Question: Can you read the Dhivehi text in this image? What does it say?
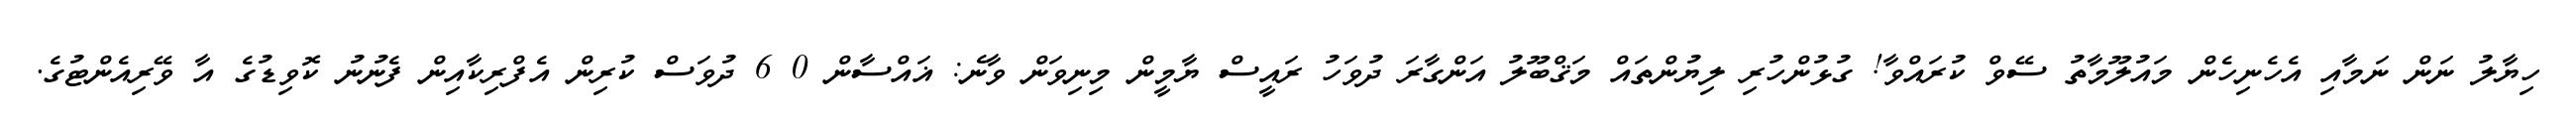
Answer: ހިޔާލު ނަން ނަމާއި އެހެނިހެން މައުލޫމާތު ސޭވް ކުރައްވާ! ގުޅުންހުރި ލިޔުންތައް މަޤްބޫލު އަންގާރަ ދުވަހު ރައީސް ޔާމީން މިނިވަން ވާނެ: ޣައްސާން 0 6 ދުވަސް ކުރިން އެފްރިކާއިން ފެނުނު ކޮވިޑުގެ އާ ވޭރިއެންޓުގެ.